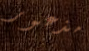
مذعور